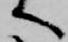
へ